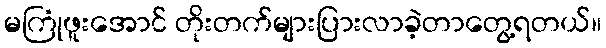
မကြုံဖူးအောင် တိုးတက်များပြားလာခဲ့တာတွေ့ရတယ်။